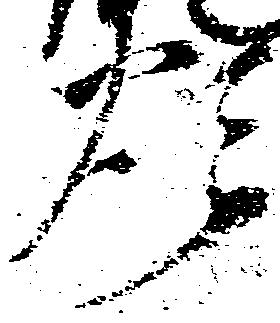
煩